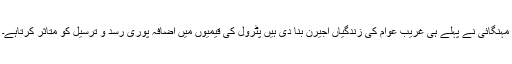
مہنگائی نے پہلے ہی غریب عوام کی زندگیاں اجیرن بنا دی ہیں پٹرول کی قیمیوں میں اضافہ پوری رسد و ترسیل کو متاثر کرتاہے۔